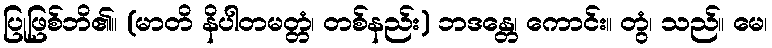
ပြုဖြစ်ဘိ၏။ (မာတိ နိပါတမတ္တံ၊ တစ်နည်း) ဘဒန္တေ၊ ကောင်း။ တွံ၊ သည်။ မေ၊